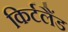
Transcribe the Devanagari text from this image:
किर्टलैंड